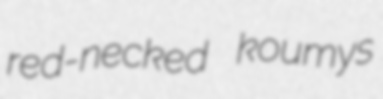
red-necked koumys